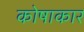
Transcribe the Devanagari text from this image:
कोषाकार